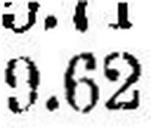
9.62